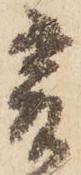
爰